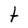
Character: t